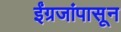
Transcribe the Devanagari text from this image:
ईंग्रजांपासून